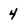
Character: 4